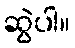
ဆွဲပါ။